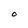
Character: O